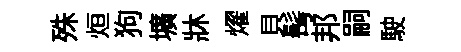
殊烜狗壙牀燿貝髩邦嗣駛